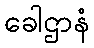
ခေါဌာနံ